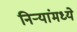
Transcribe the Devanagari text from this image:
निऱ्यांमध्ये